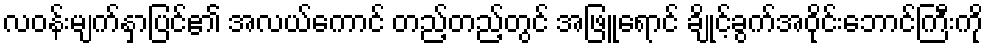
လဝန်းမျက်နှာပြင်၏ အလယ်ကောင် တည့်တည့်တွင် အဖြူရောင် ချိုင့်ခွက်အဝိုင်းဘောင်ကြီးကို